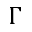
\Gamma